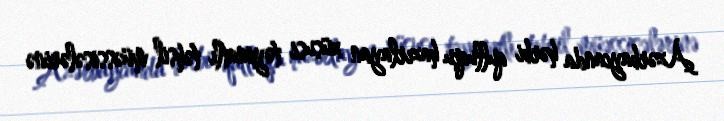
Azərbaycanda hərbi qulluqçu hazırlayan xüsusi təyinatlı təhsil müəssisələrinə